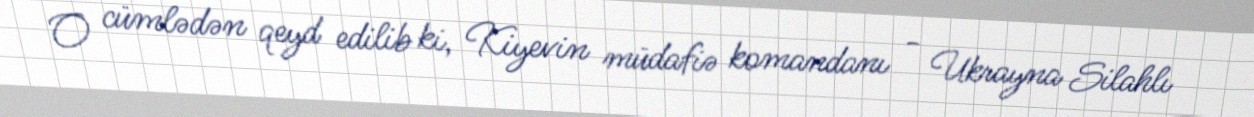
O cümlədən qeyd edilib ki, Kiyevin müdafiə komandanı - Ukrayna Silahlı